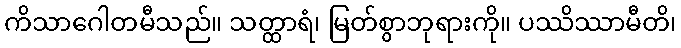
ကိသာဂေါတမီသည်။ သတ္ထာရံ၊ မြတ်စွာဘုရားကို။ ပဿိဿာမီတိ၊